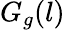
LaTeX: G_{g}(l)